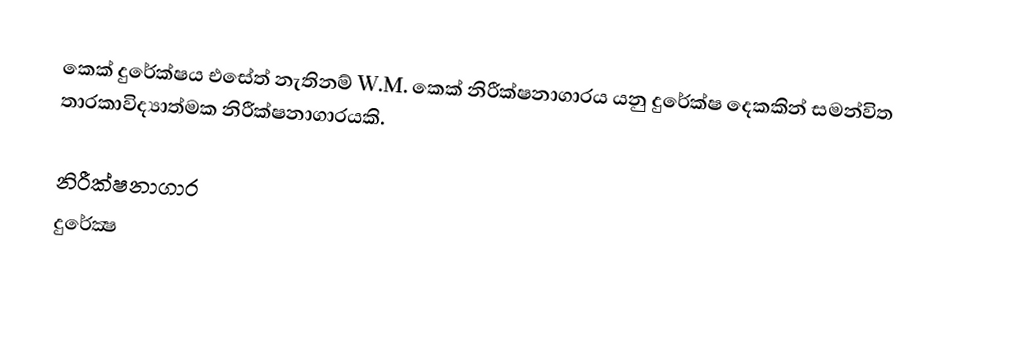
කෙක් දුරේක්ෂය  එසේත් නැතිනම්  W.M. කෙක් නිරීක්ෂනාගාරය යනු දුරේක්ෂ දෙකකින් සමන්විත තාරකාවිද්‍යාත්මක නිරීක්ෂනාගාරයකි.

නිරීක්ෂනාගාර
දුරේක්‍ෂ